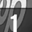
Digit: 1